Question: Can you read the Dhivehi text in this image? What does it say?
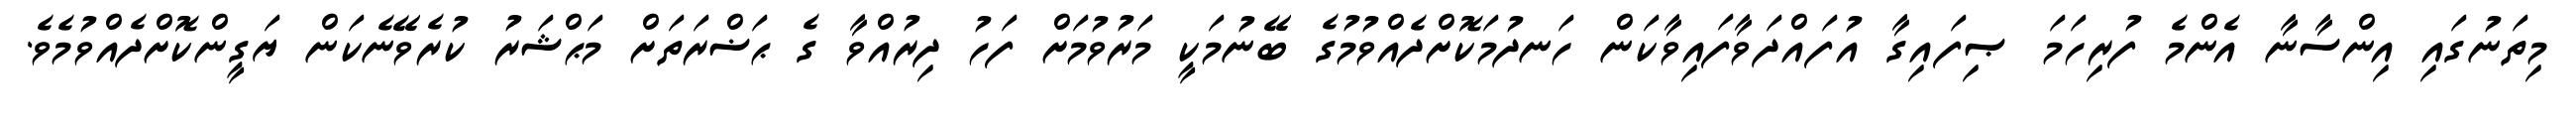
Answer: މިތަނުގައި އިންސާނާ އެންމެ ފުރިހަމަ ޞިފައިގާ އުފައްދަވާފައިވާކަން ހަނދުމަކޮށްދެއްވުމުގެ ބޭނުމަކީ މަރުވުމަށް ފަހު ދިރުއްވާ ގެ ޙަޟްރަތަށް މަޙްޝަރު ކުރެވޭނެކަން ޔަގީންކޮށްދެއްވުމެވެ.